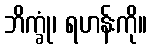
ဘိက္ခုံ၊ ရဟန်းကို။